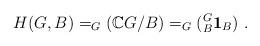
LaTeX: \begin{align*} H(G,B)=_G(\mathbb{C}G/B)=_G(_B^G\textbf{1}_B)\ .\end{align*}